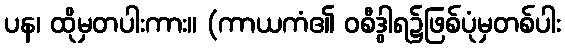
ပန၊ ထိုမှတပါးကား။ (ကာယကံ၏ ဝစီဒွါရ၌ဖြစ်ပုံမှတစ်ပါး